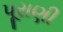
પૂરાણી